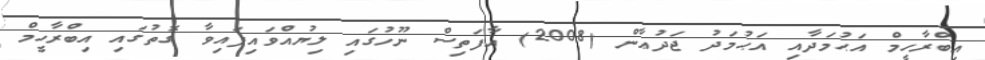
އިބްރާހީމް އަޙުމަދާއި އަޙުމަދު ޖަދުޢާން (2008) އާފަތިސް ނޫހުގައި ލިޔުއްވައިފައިވާ ގޮތުގައި އިބްރާހީމް